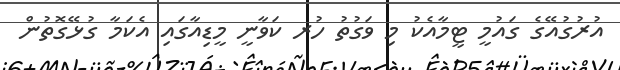
އުރުގުއޭގެ ގައުމީ ޓީމާއެކު މި ވަގުތު ހުރ ކަވާނީ މީޑިއާގައި އެކަމާ ގުޅޭގޮތުން